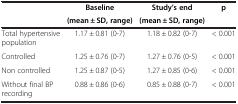
<table><thead><tr><td><b> </b></td><td><b>Baseline(mean ± SD, range)</b></td><td><b>Study’s end(mean ± SD, range)</b></td><td><b>p</b></td></tr></thead><tbody><tr><td>Total hypertensive population</td><td>1.17 ± 0.81 (0-7)</td><td>1.18 ± 0.82 (0-7)</td><td>&lt; 0.001</td></tr><tr><td>Controlled</td><td>1.25 ± 0.76 (0-7)</td><td>1.27 ± 0.76 (0-5)</td><td>&lt; 0.001</td></tr><tr><td>Non controlled</td><td>1.25 ± 0.87 (0-5)</td><td>1.27 ± 0.85 (0-6)</td><td>&lt; 0.001</td></tr><tr><td>Without final BP recording</td><td>0.88 ± 0.86 (0-6)</td><td>0.85 ± 0.88 (0-7)</td><td>&lt; 0.001</td></tr></tbody></table>